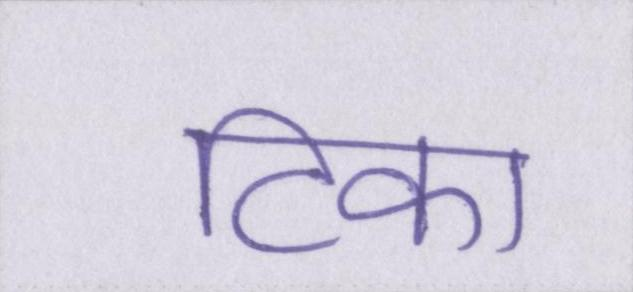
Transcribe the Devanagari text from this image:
टिका